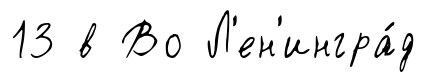
13 в Во Л'ен'ингра́д